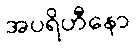
အပရိဟီနော